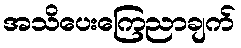
အသိပေးကြေညာချက်